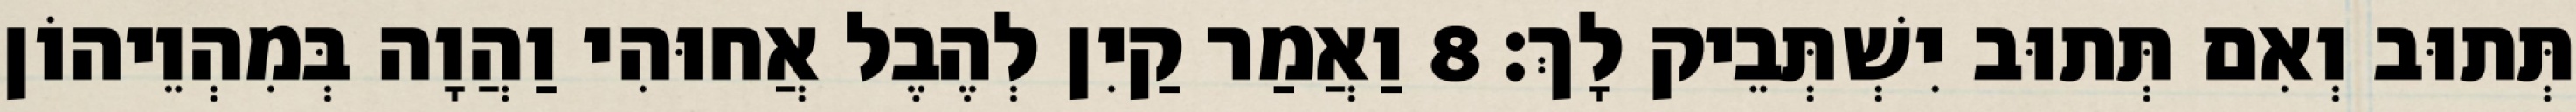
תְּתוּב וְאִם תְּתוּב יִשְׁתְּבֵיק לָךְ׃ 8 וַאֲמַר קַיִן לְהֶבֶל אֲחוּהִי וַהֲוָה בְּמִהְוֵיהוֹן